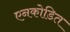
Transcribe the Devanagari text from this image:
एनकोडित